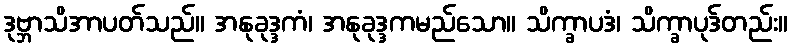
ဒုဗ္ဘာသိအာပတ်သည်။ အနုခုဒ္ဒကံ၊ အနုခုဒ္ဒကမည်သော။ သိက္ခာပဒံ၊ သိက္ခာပုဒ်တည်း။